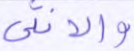
والأنثى